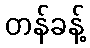
တန်ခန့်